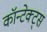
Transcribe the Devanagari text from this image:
कॉन्टेक्ट्स